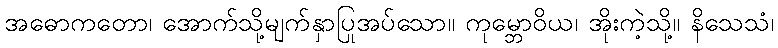
အဓောကတော၊ အောက်သို့မျက်နှာပြုအပ်သော။ ကုမ္ဘောဝိယ၊ အိုးကဲ့သို့။ နိသေသံ၊